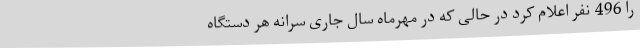
را 496 نفر اعلام کرد در حالی که در مهرماه سال جاری سرانه هر دستگاه